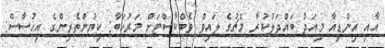
އާއި އިންޑިއާ މިއަދު ބައްދަލުކުރާ މެޗުގެ ލައިވް ވެބްކާސްޓަށް މަރުހަބާ: ކިޔުންތެރިންގެ އިހުސާސް: